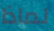
لماذا